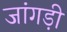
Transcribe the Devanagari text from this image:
जांगड़ी